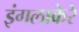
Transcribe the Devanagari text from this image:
इंगलाकेरे